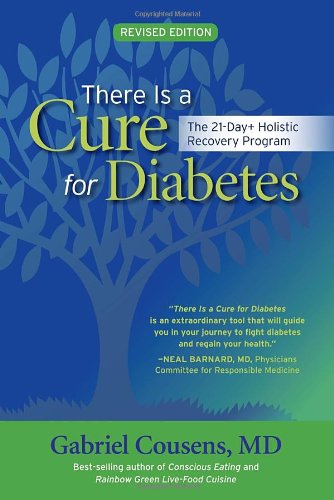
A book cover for There Is a Cure for Diabetes, Revised Edition: The 21-Day+ Holistic Recovery Program; Gabriel Cousens M.D.; Cookbooks, Food & Wine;